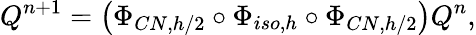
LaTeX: Q^{n+1}=\left(\Phi_{CN,h/2}\circ\Phi_{iso,h}\circ\Phi_{CN,h/2}\right)Q^{n},